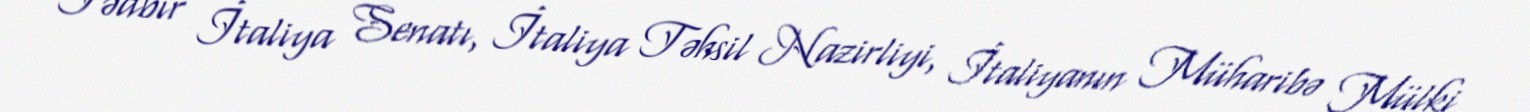
Tədbir İtaliya Senatı, İtaliya Təhsil Nazirliyi, İtaliyanın Müharibə Mülki